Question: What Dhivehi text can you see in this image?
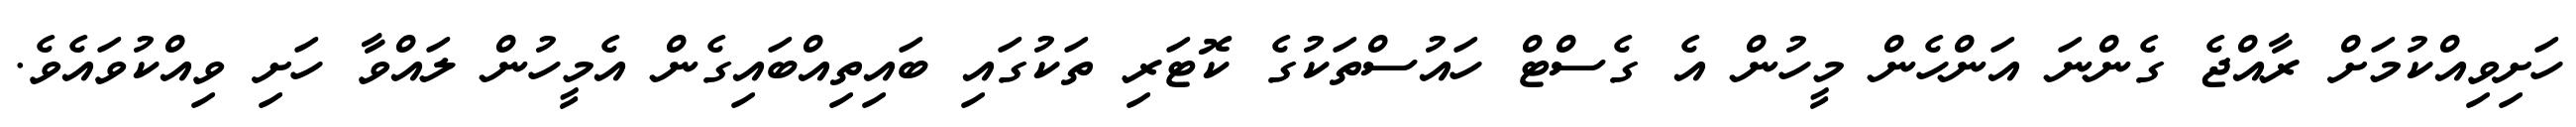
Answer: ހަށިވިއްކުމަށް ރާއްޖެ ގެންނަ އަންހެން މީހުން އެ ގެސްޓް ހައުސްތަކުގެ ކޮޓަރި ތަކުގައި ބައިތިއްބައިގެން އެމީހުން ލައްވާ ހަށި ވިއްކުވައެވެ.